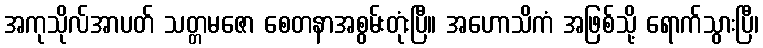
အကုသိုလ်အာပတ် သတ္တမဇော စေတနာအစွမ်းတုံးပြီ။ အဟောသိကံ အဖြစ်သို့ ရောက်သွားပြီ၊